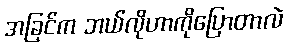
အခြင်က ဘယ်လိုဟာကိုပြောတာလဲ